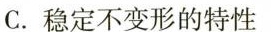
C.稳定不变形的特性